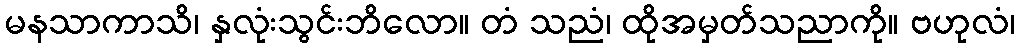
မနသာကာသိ၊ နှလုံးသွင်းဘိလော။ တံ သညံ၊ ထိုအမှတ်သညာကို။ ဗဟုလံ၊